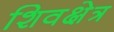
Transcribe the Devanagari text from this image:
शिवक्षेत्र